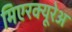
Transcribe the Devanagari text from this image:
मिएरक्यूरेअ